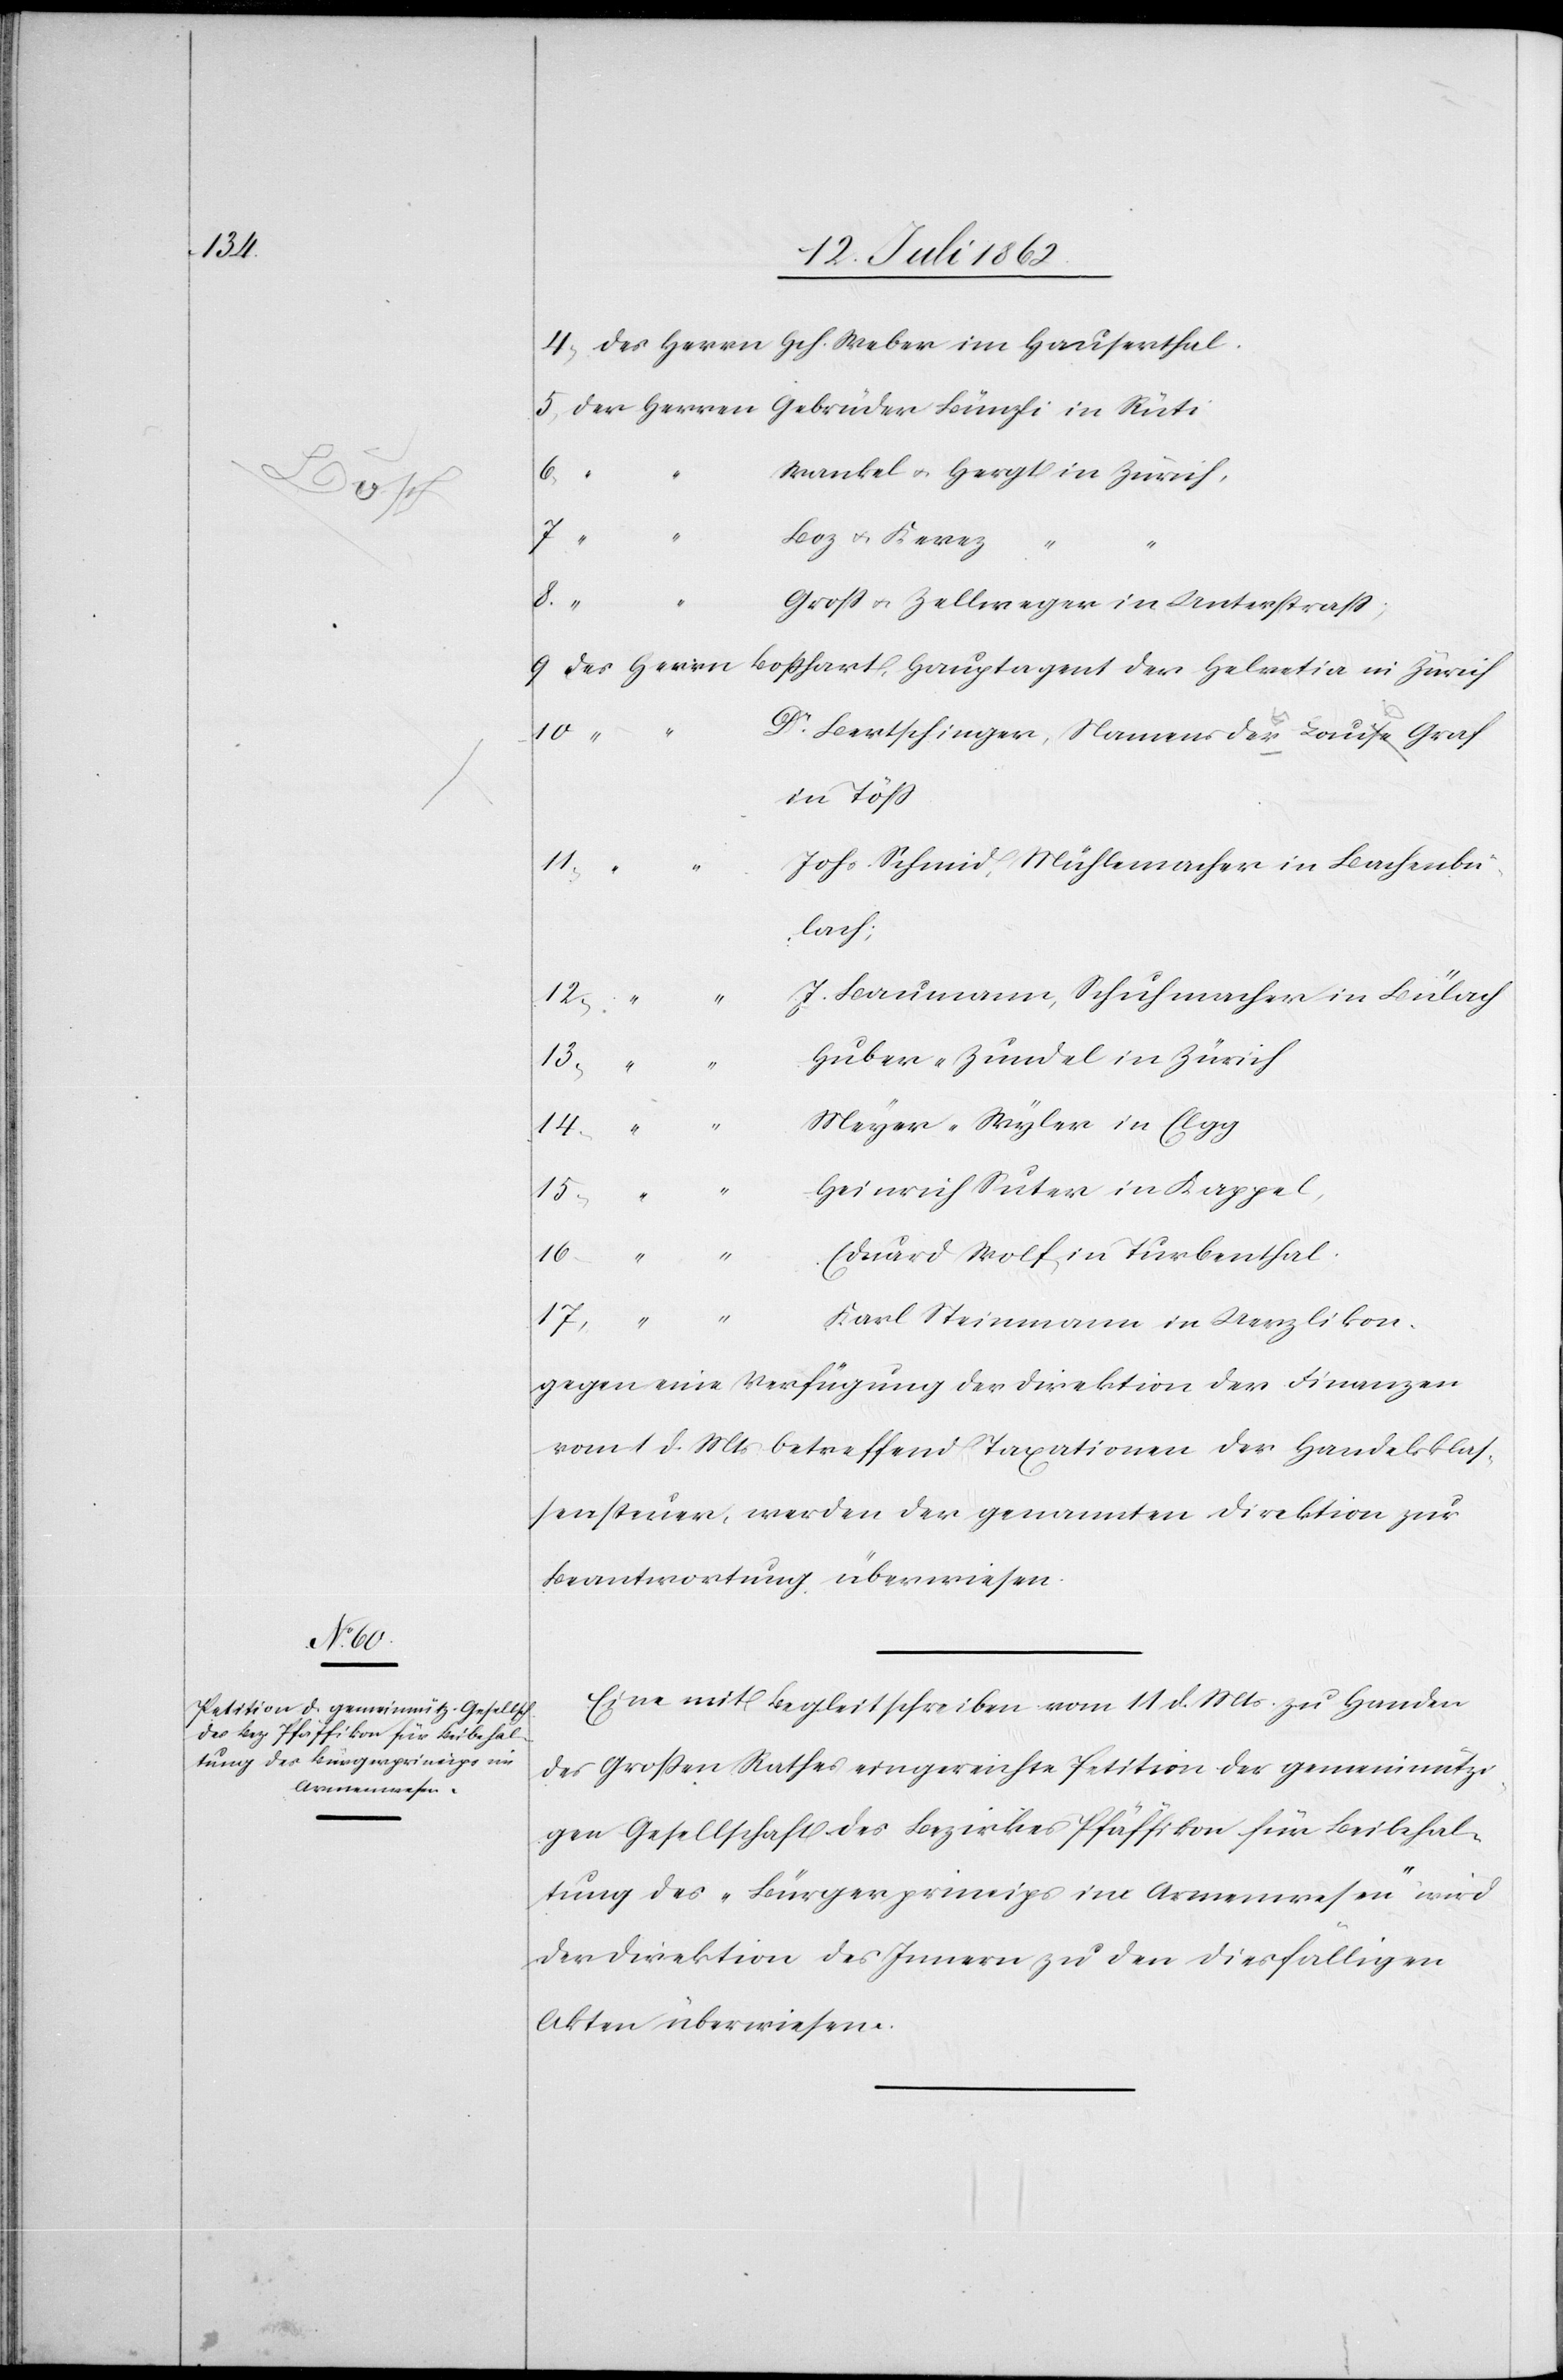
4.

Zürich

15. Juli 1862.]
Gebrüder Bünzli in Rüti,
Wankel u. Hergt in Zürich,
8.
“
Boz u. Kerez
Groß u. Zellweger in Unterstraß;
Dr. Bertschinger, Namens der Louise Graf
in Töß
Johs. Schmid, Mühlemacher in Bachenbü¬
den
lach;
J. Baumann, Schuhmacher in Bülach
der
Huber-Zundel in Zürich
14.
“
Meyer-Wyler in Elgg
17.
Heinrich Suter in Kappel,
16.
Eduard Wolf in Turbenthal.
Karl Steinmann in Uerzlikon,
gegen eine Verfügung der Direktion der Finanzen
vom 1. d. Mts. betreffend Taxationen der Handelsklas¬
sensteuer, werden der genannten Direktion zur
Beantwortung überwiesen.
Eine mit Begleitschreiben vom 11. d. Mts. zu Handen
des Großen Rathes eingereichte Petition der gemeinnützi¬
gen Gesellschaft des Bezirkes Pfäffikon für Beibehal¬
tung des „Bürgerprincips im Armenwesen“ wird
der Direktion des Innern zu den diesfälligen
Akten überwiesen.